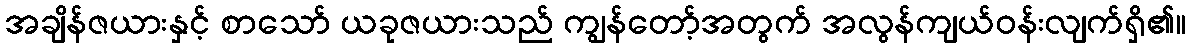
အချိန်ဇယားနှင့် စာသော် ယခုဇယားသည် ကျွန်တော့်အတွက် အလွန်ကျယ်ဝန်းလျက်ရှိ၏။